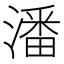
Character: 潘